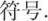
符号。